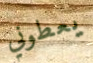
يعطوني